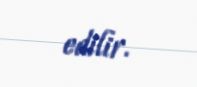
edilir.